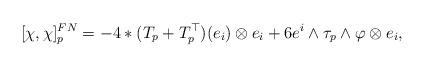
LaTeX: \begin{align*} {}[\chi, \chi]_p^{FN} = -4 \ast (T_p + T_p^\top)(e_i) \otimes e_i + 6 e^i \wedge \tau_p \wedge \varphi \otimes e_i,\end{align*}